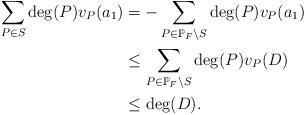
LaTeX: \begin{align*} \sum_{P \in S}\deg(P)v_P(a_1) &= - \sum_{P \in \mathbb{P}_F\setminus S} \deg(P)v_P(a_1) \\ &\leq \sum_{P \in \mathbb{P}_F\setminus S} \deg(P)v_P(D) \\ &\leq \deg(D). \end{align*}